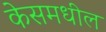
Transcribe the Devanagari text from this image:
केसमधील